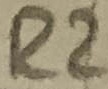
Text: R2